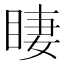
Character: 𱲾